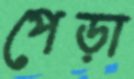
পেড়া